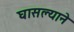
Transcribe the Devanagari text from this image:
घासल्याने